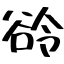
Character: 𬤲